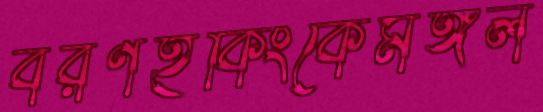
বরণহকিংকেমঙ্গল